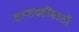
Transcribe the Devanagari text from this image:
सत्याग्रहींसाठी